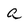
Character: a